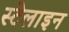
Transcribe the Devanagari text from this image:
स्टेलाइन